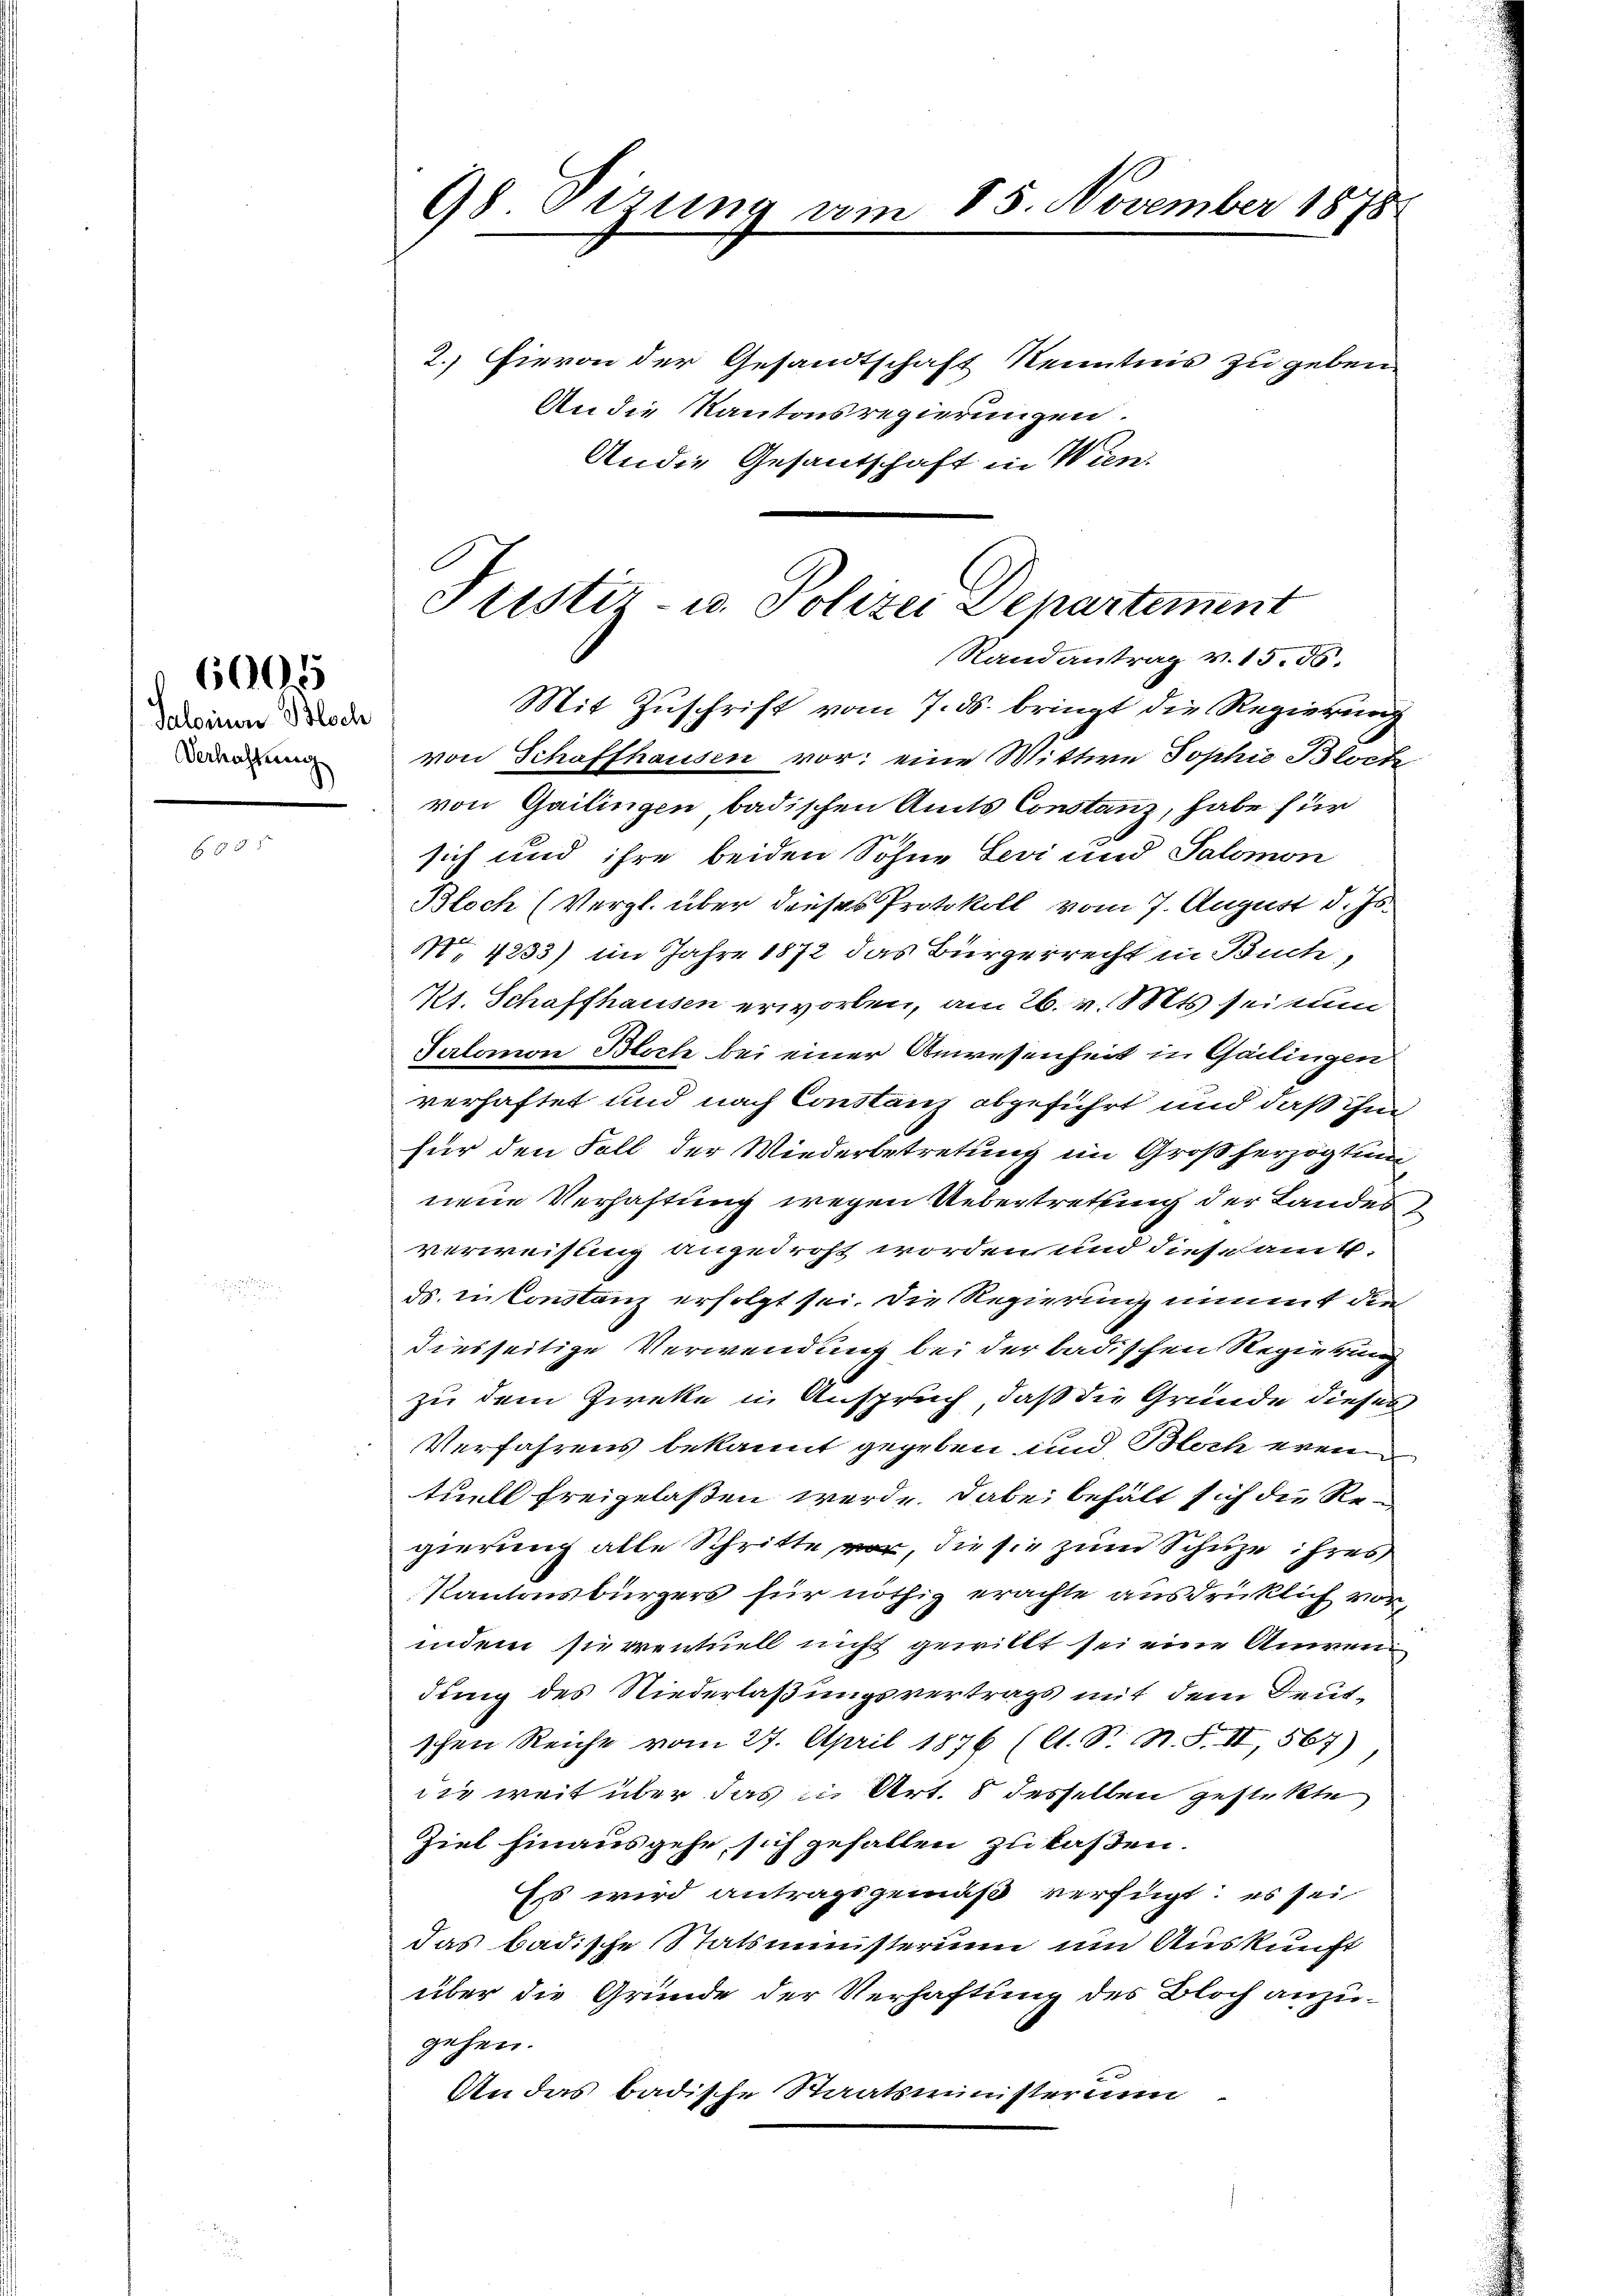
Saleinen Bloch
Verhaltung

6005

98. Sizung vom
2.) Hievon der Gesandtschaft Kenntnis zu geben
An die Kantonsregierungen.

An die Gesantschaft in Wien.

15. November 1878

Justiz- u. Polizei Departement
Randantrag v. 15. 55.
Mit Zuschrift vom 7. ds. bringt die Regierung

von Schaffhausen vor: eine Mittwe Sophie Bloch
von Gailingen, badischen Amts Constanz, habe für
sich und ihre beiden Sohne Levi und Salomon
Bloch (Vergl. über dieses Protokoll vom 7. August d. Js.
N 4233) im Jahre 1872 das Bürgerrecht in Buch,
Kt. Schaffhausen erworten, am 26. v. Mts. sei nun
Salomon Bloch bei einer Anwesenheit in Gattingen
verhaftet und nach Constanz abgeführt und daß ihm
für den Fall der Wiederbetretung im Großherzogtun
nene Verhaftung wegen Uebertretung der Landes
verweisling angedroht worden und diesesamt
ds. in Constanz erfolgt sei. Die Regierung niment die
diesseitige Verwendung bei der badischen Regierung
zu dem Zweke in Anspruch, daß die Gründe dieses
Verfahrens bekannt gegeben und Bloch eren
tuell freigelaßen werde. Dabei behält sich die Regierung alle Schritte vor, die sie zum Schuze ihres
Kantonsbürgers für nöthig erachte ausdrücklich vorindem sierrentuell nicht gewillt sei eine Anwen
dung des Niederlaßungsvertrags mit dem Deutschen Reiche vom 27. April 1876 (lt. D. R. S. II, 567)
die weit über das u. Art. 8 desselben gestekte
Ziel hinausgehe sich gefallen zu laßen.
Es wird antragsgemäß verfügt: es sei
das badische Statsministerium um Auskunft
über die Grunde der Verhaftung des Bloch anzugehen.
An das badische Staatsministerium